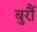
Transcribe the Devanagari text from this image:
बुर्रौ